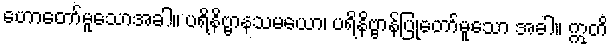
ဟောတော်မူသောအခါ။ ပရိနိဗ္ဗာနသမယော၊ ပရိနိဗ္ဗာန်ပြုတော်မူသော အခါ။ ဣတိ